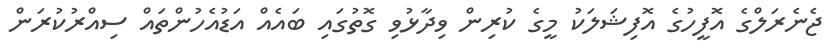
ޖެނެރަލްގެ އޮފީހުގެ އޮފިޝަލަކު މީގެ ކުރިން ވިދާޅުވި ގޮތުގައި ބައެއް އަޑުއެހުންތައް ސިއްރުކުރަން